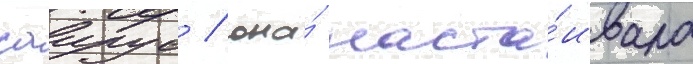
саирус / она́ наста́ивала